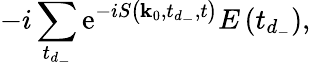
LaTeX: -i\sum_{t_{d_{-}}}\mathrm{e}^{-iS\left(\mathbf{{k}}_{0},t_{d_{-}},t\right)}E\left(t_{d_{-}}\right),